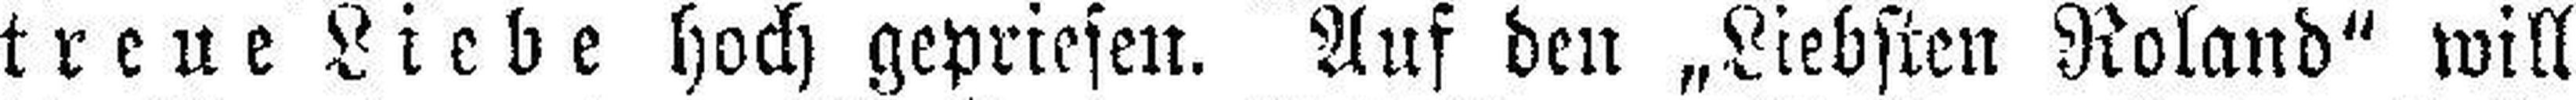
treue Liebe hoch gepriesen. Auf den „Liebsten Roland“ will